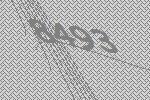
8493